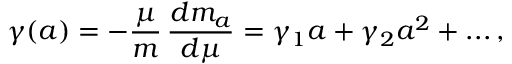
\gamma ( a ) = - \frac { \mu } { m } \, \frac { d m _ { a } } { d \mu } = \gamma _ { 1 } a + \gamma _ { 2 } a ^ { 2 } + . . . \, ,